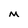
Character: M